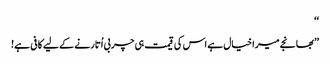
‘‘
’’بھانجے میرا خیال ہے اس کی قیمت ہی چربی اُتارنے کے لیے کافی ہے!